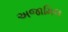
અજામિલ